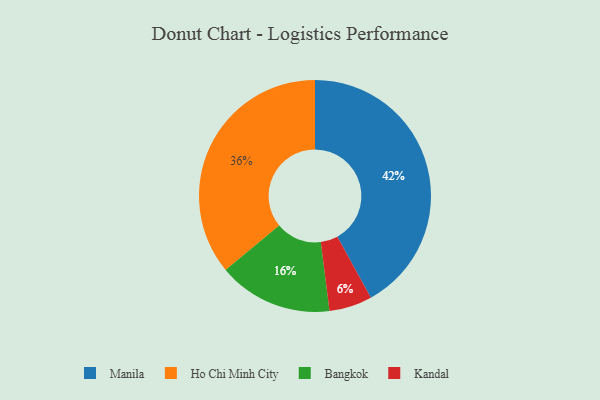
{"axis": {"x": "Category", "y": "Percentage"}, "legend": ["Bangkok", "Ho Chi Minh City", "Kandal", "Manila"], "data": [{"x": "Ho Chi Minh City", "y": 36, "type": "Ho Chi Minh City"}, {"x": "Manila", "y": 42, "type": "Manila"}, {"x": "Bangkok", "y": 16, "type": "Bangkok"}, {"x": "Kandal", "y": 6, "type": "Kandal"}]}